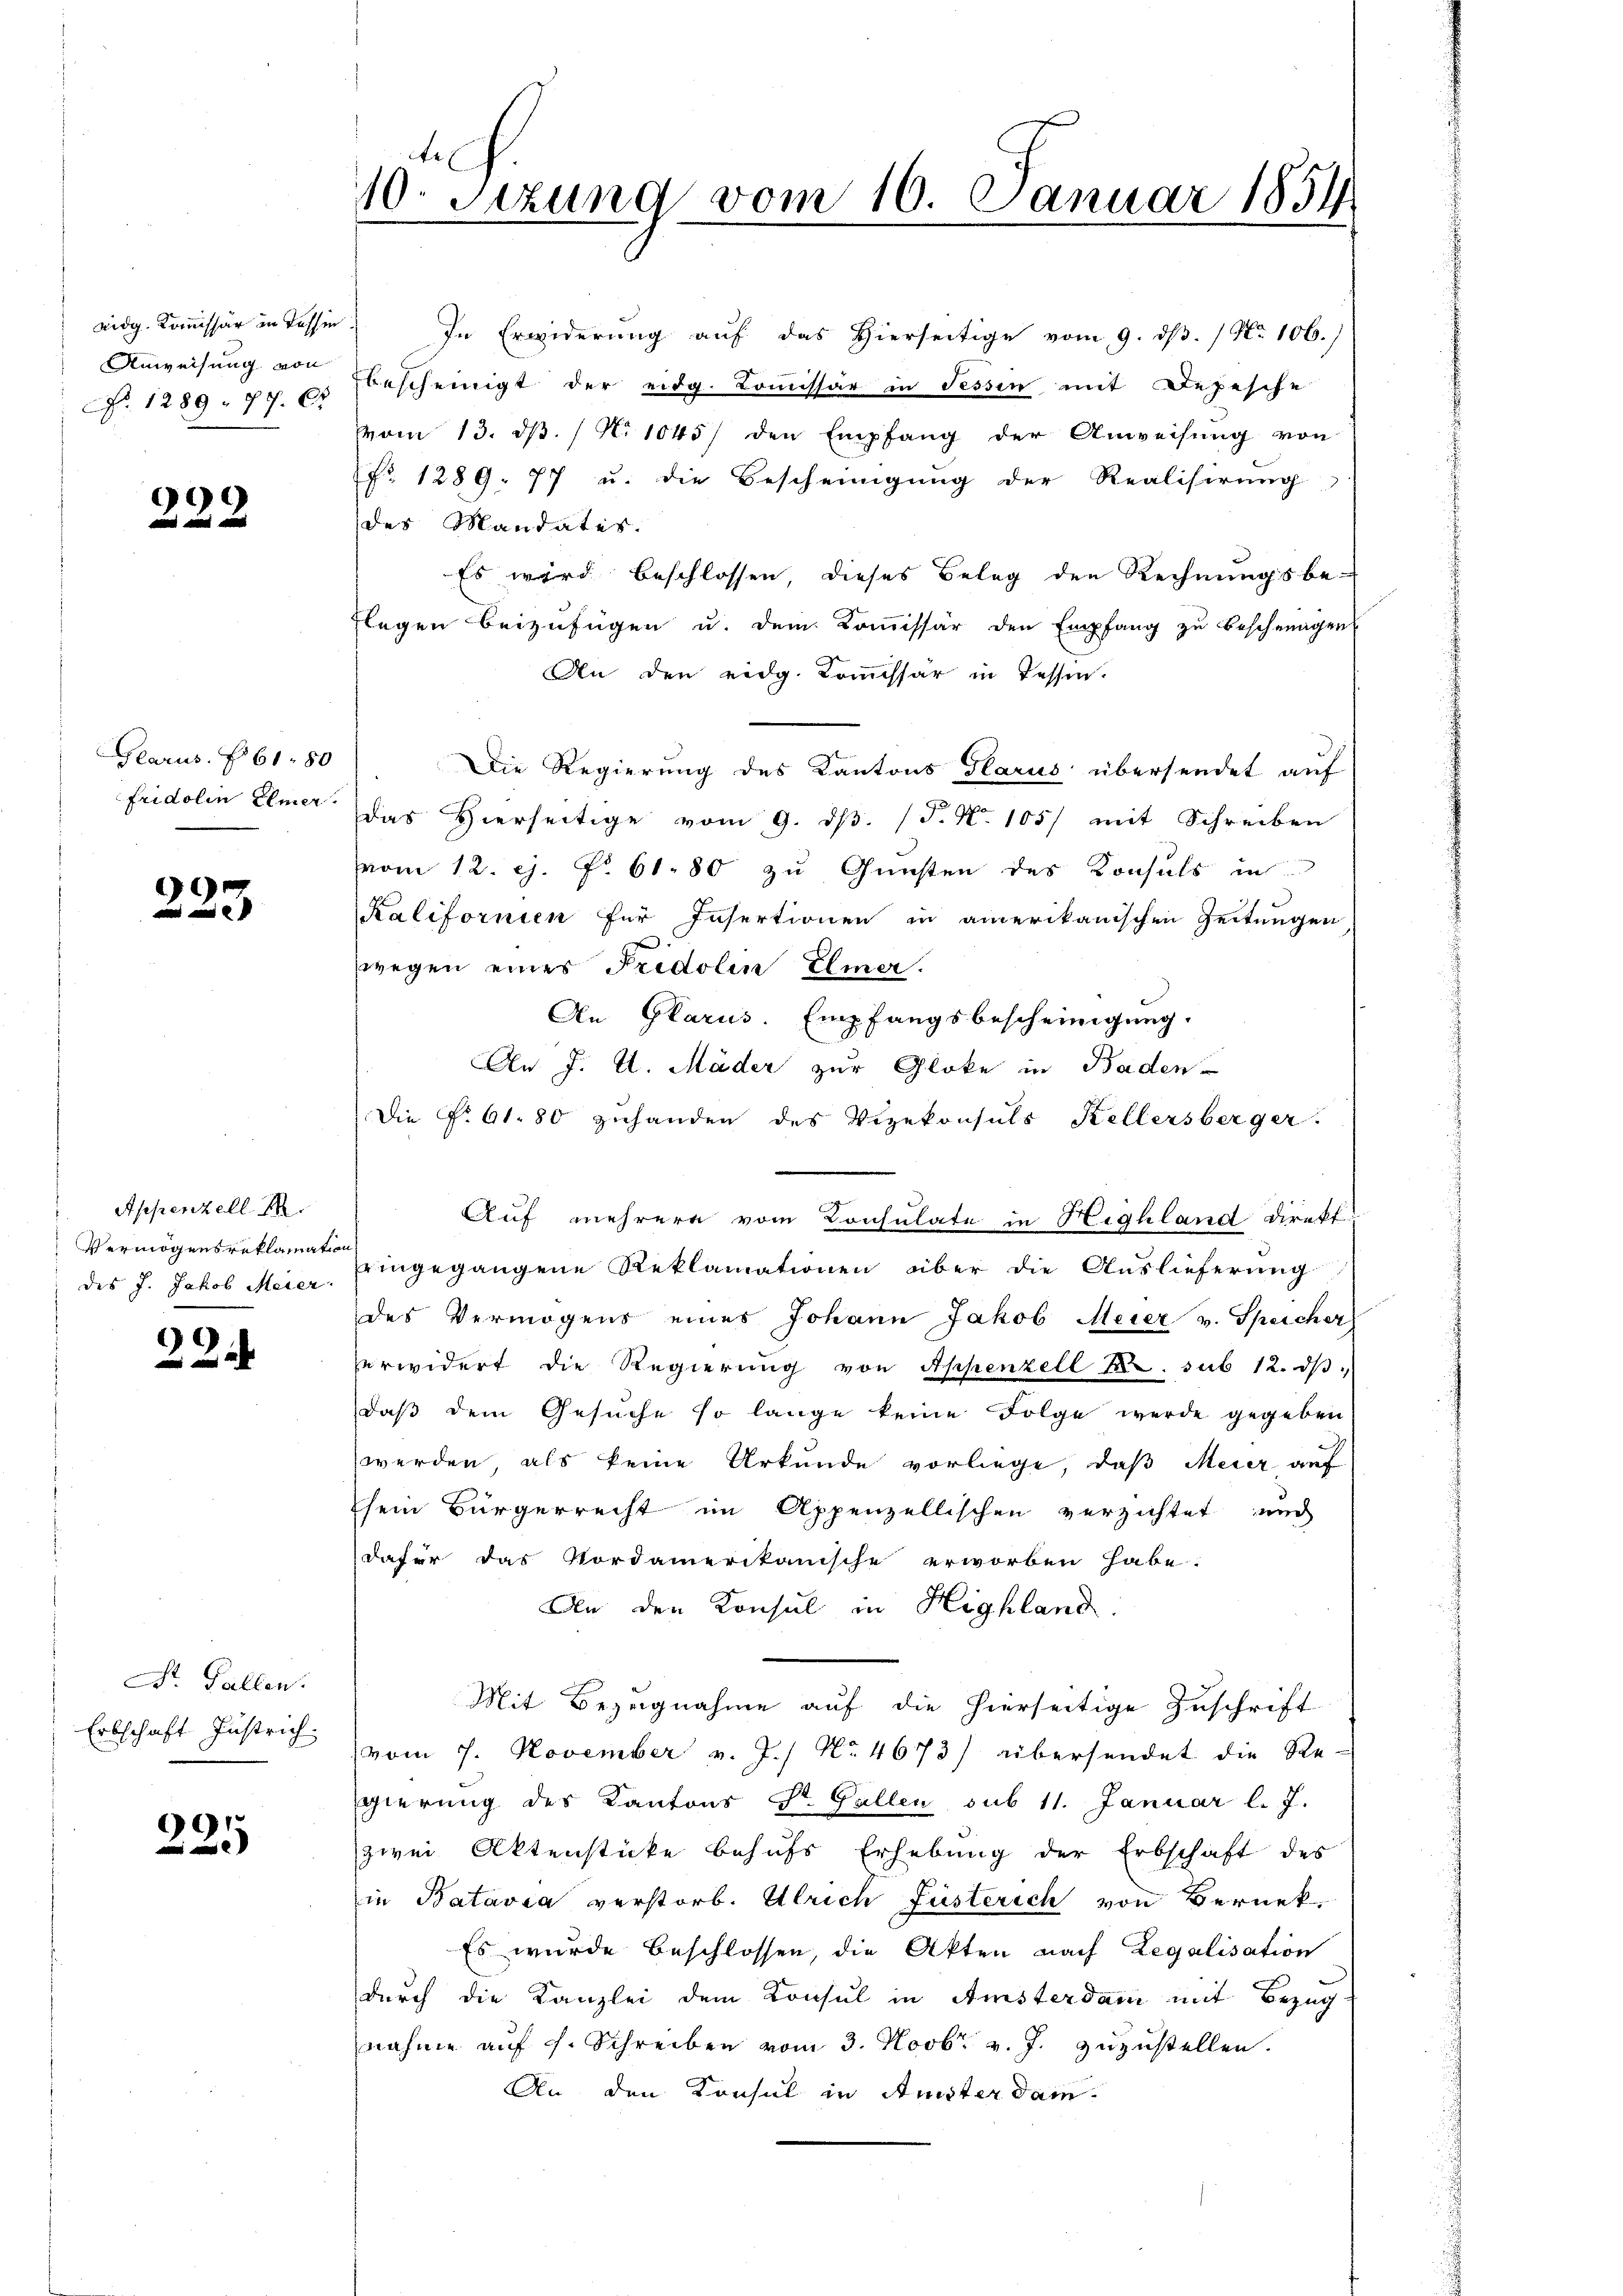
Anweisung von
No. 1289. 87. 63

222

Glarus § 61. 80
Fridolin Elmer.

223

Appenzell I.
Vermögensreklamation
des J. Jakob Meier

99

Dr. Gallen.
Erbschaft zustrich.

225

10. Sezung vom 16. Januar 1854
.

des Mandates.
Es wird beschlossen, dieses Belag den Rechnungsbe¬
Flegen beizufügen u. dem Kommissär den Empfang zu beschwagen
An den eidg. Kommissär in Tessin.
¬
Die Regierung des Kantons Glarus übersendet auf
das Hierseitige vom 9. dβ. (T. N. 105/ mit Schreiben
vom 12. G. P. 61. 80 zu Gunsten des Konsuls in
Kalifornien für Insertionen in amerikanischen Zeitungen
f
wegen eines Pridolin Elmer.
An Glarus. Empfangsbescheinigung.
An J. U. Mäder zur Gloke in Baden-
Die No 61. 80 zuhanden des Vizekonsuls Kellersberger.
Auf mehrere vom Consulate in Highland Direkt
eingegangene Reklamationen über die Auslieferung
des Vermögens eines Johann Jakob Meier v. Speicher
erwidert die Regierŭng von Appenzell A. sub 12. dβ
daß dem Gesuche so lange keine Folge werde gegeben
werden, als keine Urkunde vorliege, daß Meier auf
sein Bürgerrecht im Appenzellischen verzichtet und
dafür das Nordamerikanische erworben habe:
An den Konsul in Highland
Mit Bezugnahme auf die hierseitige Zuschrift
vom 7. November v. J.) No 4673) übersendet die Re-
gierung des Kantons St. Gallen sub 11. Januar l. J.
zwei Aktenstücke behufs Erhebung der Erbschaft des
in Batavia verstorb. Ulrich Jüsterich von Bernek
Es wurde beschlossen, die Akten nach Legalisation
durch die Kanzlei dem Konsul in Amsterdam mit Bezug
nahme auf s. Schreiben vom 3. Novbr. v. J. zuzustellen.
An den Konsul in Anster dam

vidg. Kommissär in dassen. In Erwiderung auf das Hierseitige vom 9. dß. / No 106.)
bescheinigt der eidg. Commissär in Tessin mit Depesche
vom 13. dβ. (N. 1045/ den Empfang der Anweisung von
Nr. 1289. 77 u. die Bescheinigung der Realisirung